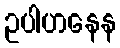
ဥပါဟနေန